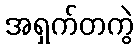
အရှက်တကွဲ